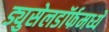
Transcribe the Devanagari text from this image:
ड्युसेलडॉर्फमध्ये